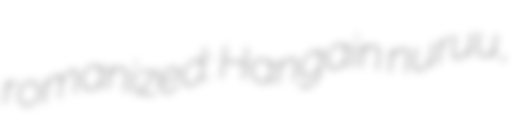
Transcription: romanized: Hangain nuruu,